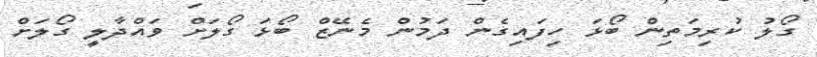
ގޯލު ކުރިމަތިން ބޯޅަ ހިފައިގެން ދަމުން މެނޭޒް ބޯޅަ ގޯލަށް ވައްދާލީ ގޯލަށް